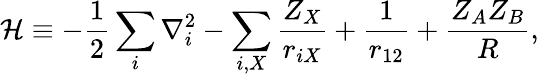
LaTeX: \mathcal{H}\equiv-\frac{1}{2}\sum_{i}\nabla_{i}^{2}-\sum_{i,X}\frac{Z_{X}}{r_{iX}}+\frac{1}{r_{12}}+\frac{Z_{A}Z_{B}}{R},